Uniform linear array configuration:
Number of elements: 4
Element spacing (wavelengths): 0.5
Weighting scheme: hann
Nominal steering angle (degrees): -60
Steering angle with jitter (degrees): -60.262
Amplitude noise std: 0.05
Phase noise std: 0.05

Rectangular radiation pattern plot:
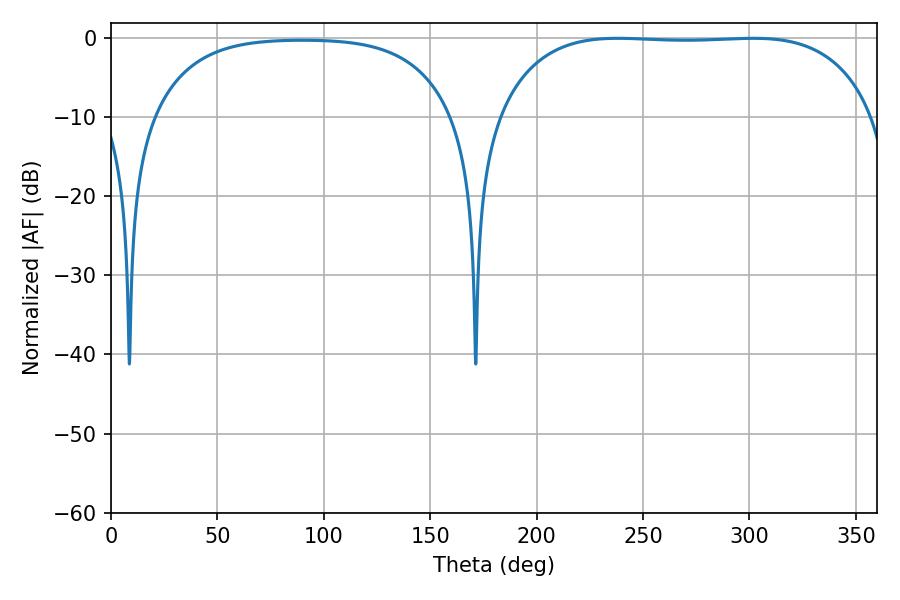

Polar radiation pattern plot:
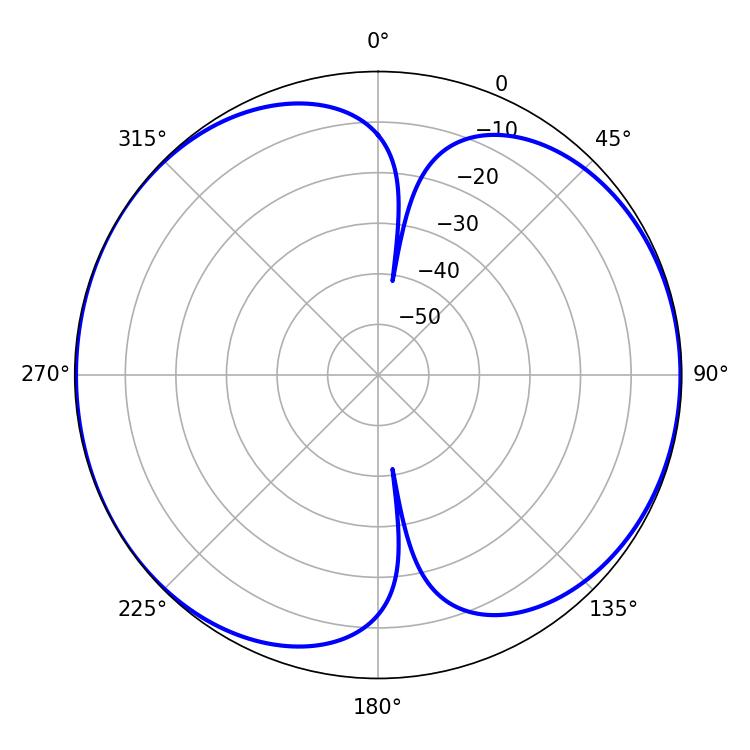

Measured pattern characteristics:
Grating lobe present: FALSE
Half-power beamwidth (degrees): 138.96
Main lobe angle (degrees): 238.14